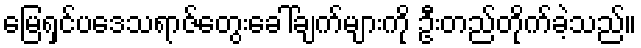
မြေရှင်ပဒေသရာဇ်တွေးခေါ်ချက်များကို ဦးတည်တိုက်ခဲ့သည်။